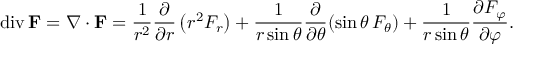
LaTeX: \operatorname { d i v } \mathbf { F } = \nabla \cdot \mathbf { F } = { \frac { 1 } { r ^ { 2 } } } { \frac { \partial } { \partial r } } \left( r ^ { 2 } F _ { r } \right) + { \frac { 1 } { r \sin \theta } } { \frac { \partial } { \partial \theta } } ( \sin \theta \, F _ { \theta } ) + { \frac { 1 } { r \sin \theta } } { \frac { \partial F _ { \varphi } } { \partial \varphi } } .